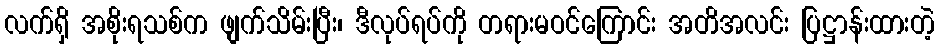
လက်ရှိ အစိုးရသစ်က ဖျက်သိမ်းပြီး၊ ဒီလုပ်ရပ်ကို တရားမဝင်ကြောင်း အတိအလင်း ပြဋ္ဌာန်းထားတဲ့